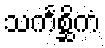
သင်္ကစ္ဆိကံ